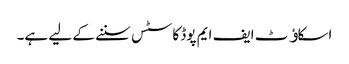
اسکاﺅٹ ایف ایم پوڈ کاسٹس سننے کے لیے ہے۔